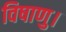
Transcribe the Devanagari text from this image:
विषाणु।